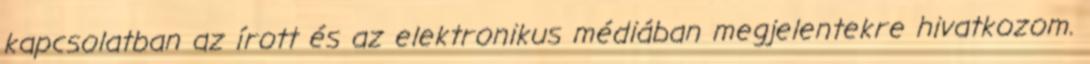
kapcsolatban az írott és az elektronikus médiában megjelentekre hivatkozom.